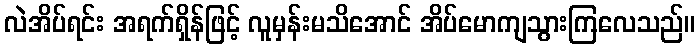
လဲအိပ်ရင်း အရက်ရှိန်ဖြင့် လူမှန်းမသိအောင် အိပ်မောကျသွားကြလေသည်။